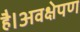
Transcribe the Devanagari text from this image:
है।अवक्षेपण